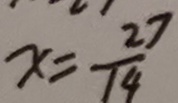
x = \frac { 2 7 } { 1 4 }